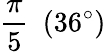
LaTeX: {\frac{\pi}{5}}\ \ (36^{\circ})